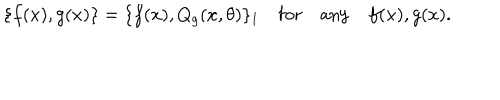
LaTeX: \{ f ( x ) , g ( x ) \} = \{ f ( x ) , Q _ { g } ( x , \theta ) \} _ { 1 } \quad \mathrm { f o r } \quad \mathrm { a n y } \quad f ( x ) , g ( x ) .